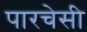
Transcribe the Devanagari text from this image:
पारचेसी